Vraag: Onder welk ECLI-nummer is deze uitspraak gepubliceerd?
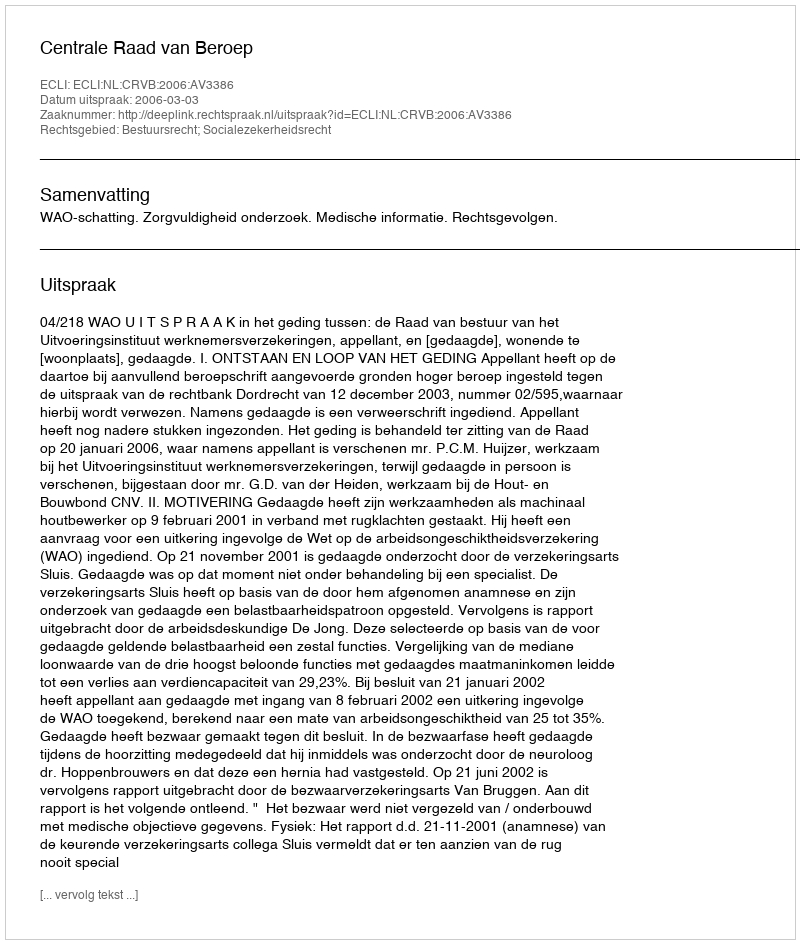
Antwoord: ECLI:NL:CRVB:2006:AV3386